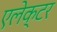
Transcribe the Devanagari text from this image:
एलेक्टर